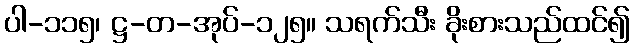
ပါ-၁၁၅၊ ဋ္ဌ-တ-အုပ်-၁၂၅။ သရက်သီး ခိုးစားသည်ထင်၍